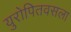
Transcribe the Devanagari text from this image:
युरोपितवसला